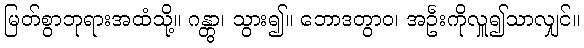
မြတ်စွာဘုရားအထံသို့။ ဂန္တွာ၊ သွား၍။ ဘောဒတွာဝ၊ အဦးကိုလှူ၍သာလျှင်။